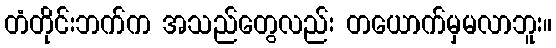
တံတိုင်းဘက်က အသည်တွေလည်း တယောက်မှမလာဘူး။